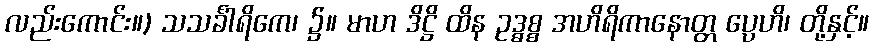
လည်းကောင်း။) သသင်္ခါရိကေ၊ ၌။ မာဟ ဒိဋ္ဌိ ထိန ဥဒ္ဓစ္စ အဟိရိကာနောတ္တ ပ္ပေဟိ၊ တို့နှင့်။